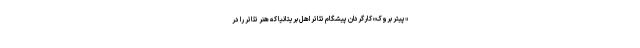
«پیتر بروک» کارگردان پیشگام تئاتر اهل بریتانیا که هنر تئاتر را در